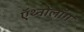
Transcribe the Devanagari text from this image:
ऍथ्नोलॉग